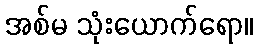
အစ်မ သုံးယောက်ရော။